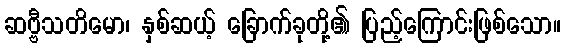
ဆဗ္ဗီသတိမော၊ နှစ်ဆယ့် ခြောက်ခုတို့၏ ပြည့်ကြောင်းဖြစ်သော။